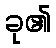
ခု၏